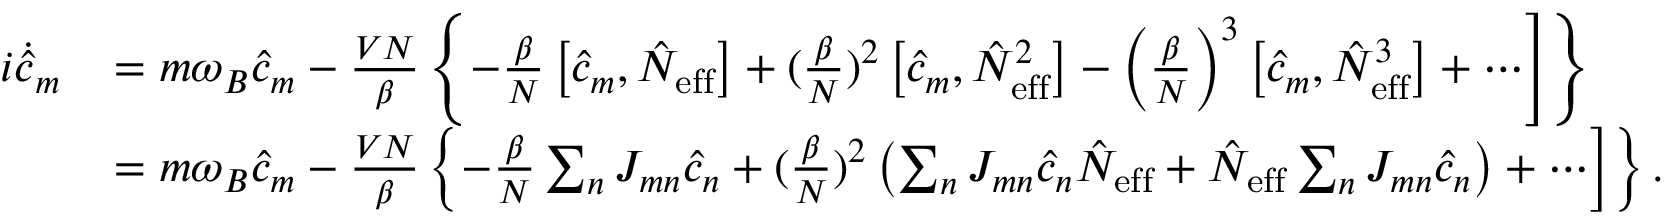
\begin{array} { r l } { i \dot { \hat { c } } _ { m } } & { \left. = m \omega _ { B } \hat { c } _ { m } - \frac { V N } { \beta } \left\{ - \frac { \beta } { N } \left[ \hat { c } _ { m } , \hat { N } _ { \mathrm { e f f } } \right] + ( \frac { \beta } { N } ) ^ { 2 } \left[ \hat { c } _ { m } , \hat { N } _ { \mathrm { e f f } } ^ { 2 } \right] - \left( \frac { \beta } { N } \right) ^ { 3 } \left[ \hat { c } _ { m } , \hat { N } _ { \mathrm { e f f } } ^ { 3 } \right] + \cdots \right] \right\} } \\ & { \left. = m \omega _ { B } \hat { c } _ { m } - \frac { V N } { \beta } \left\{ - \frac { \beta } { N } \sum _ { n } J _ { m n } \hat { c } _ { n } + ( \frac { \beta } { N } ) ^ { 2 } \left( \sum _ { n } J _ { m n } \hat { c } _ { n } \hat { N } _ { \mathrm { e f f } } + \hat { N } _ { \mathrm { e f f } } \sum _ { n } J _ { m n } \hat { c } _ { n } \right) + \cdots \right] \right\} . } \end{array}